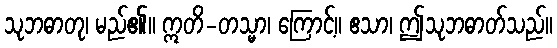
သုဘဓာတု၊ မည်၏။ ဣတိ-တသ္မာ၊ ကြောင့်။ ဧသာ၊ ဤသုဘဓာတ်သည်။